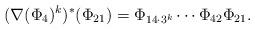
LaTeX: \begin{align*}(\nabla(\Phi_4)^k)^*(\Phi_{21})=\Phi_{14\cdot 3^{k}}\cdots \Phi_{42}\Phi_{21}.\end{align*}